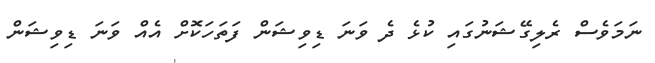
ނަމަވެސް ރެލިގޭޝަނުގައި ކުޅެ ދެ ވަނަ ޑިވިޝަން ފަތަހަކޮށް އެއް ވަނަ ޑިވިޝަން